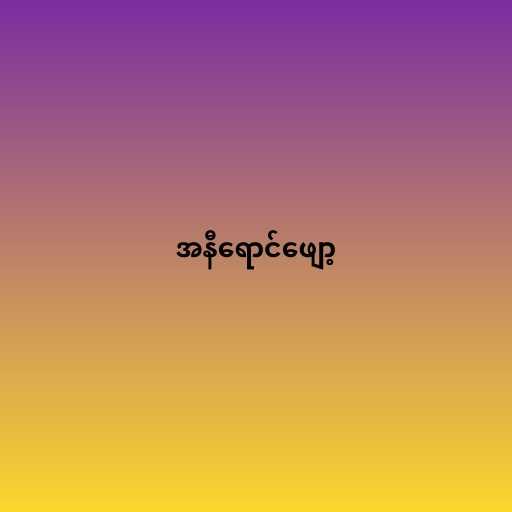
အနီရောင်ဖျော့